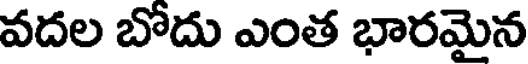
వదల బోదు ఎంత భారమైన